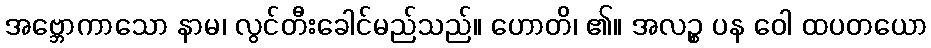
အဗ္ဘောကာသော နာမ၊ လွင်တီးခေါင်မည်သည်။ ဟောတိ၊ ၏။ အလဉ္စ ပန ဝေါ ထပတယော